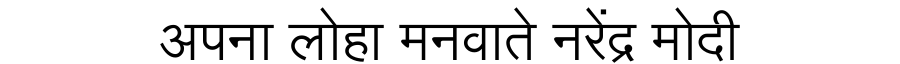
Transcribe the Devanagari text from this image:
अपना लोहा मनवाते नरेंद्र मोदी